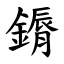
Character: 䥎